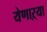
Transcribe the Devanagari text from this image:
येणाऱ्या